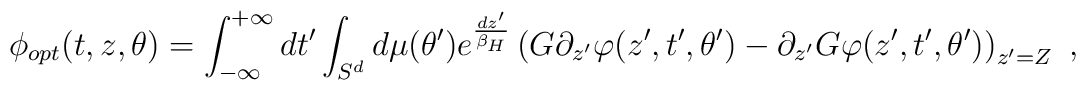
\phi_{opt}(t,z,\theta )=\int_{-\infty}^{+\infty} dt'\int_{S^d} d\mu (\theta ')e^{dz'\over \beta_H}\left(  G\partial_{z'}\varphi (z',t',\theta')-\partial_{z'}G\varphi (z',t',\theta')\right)_{z'=Z}\ ,